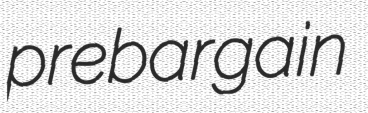
prebargain